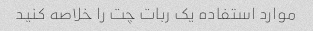
موارد استفاده یک ربات چت را خلاصه کنید